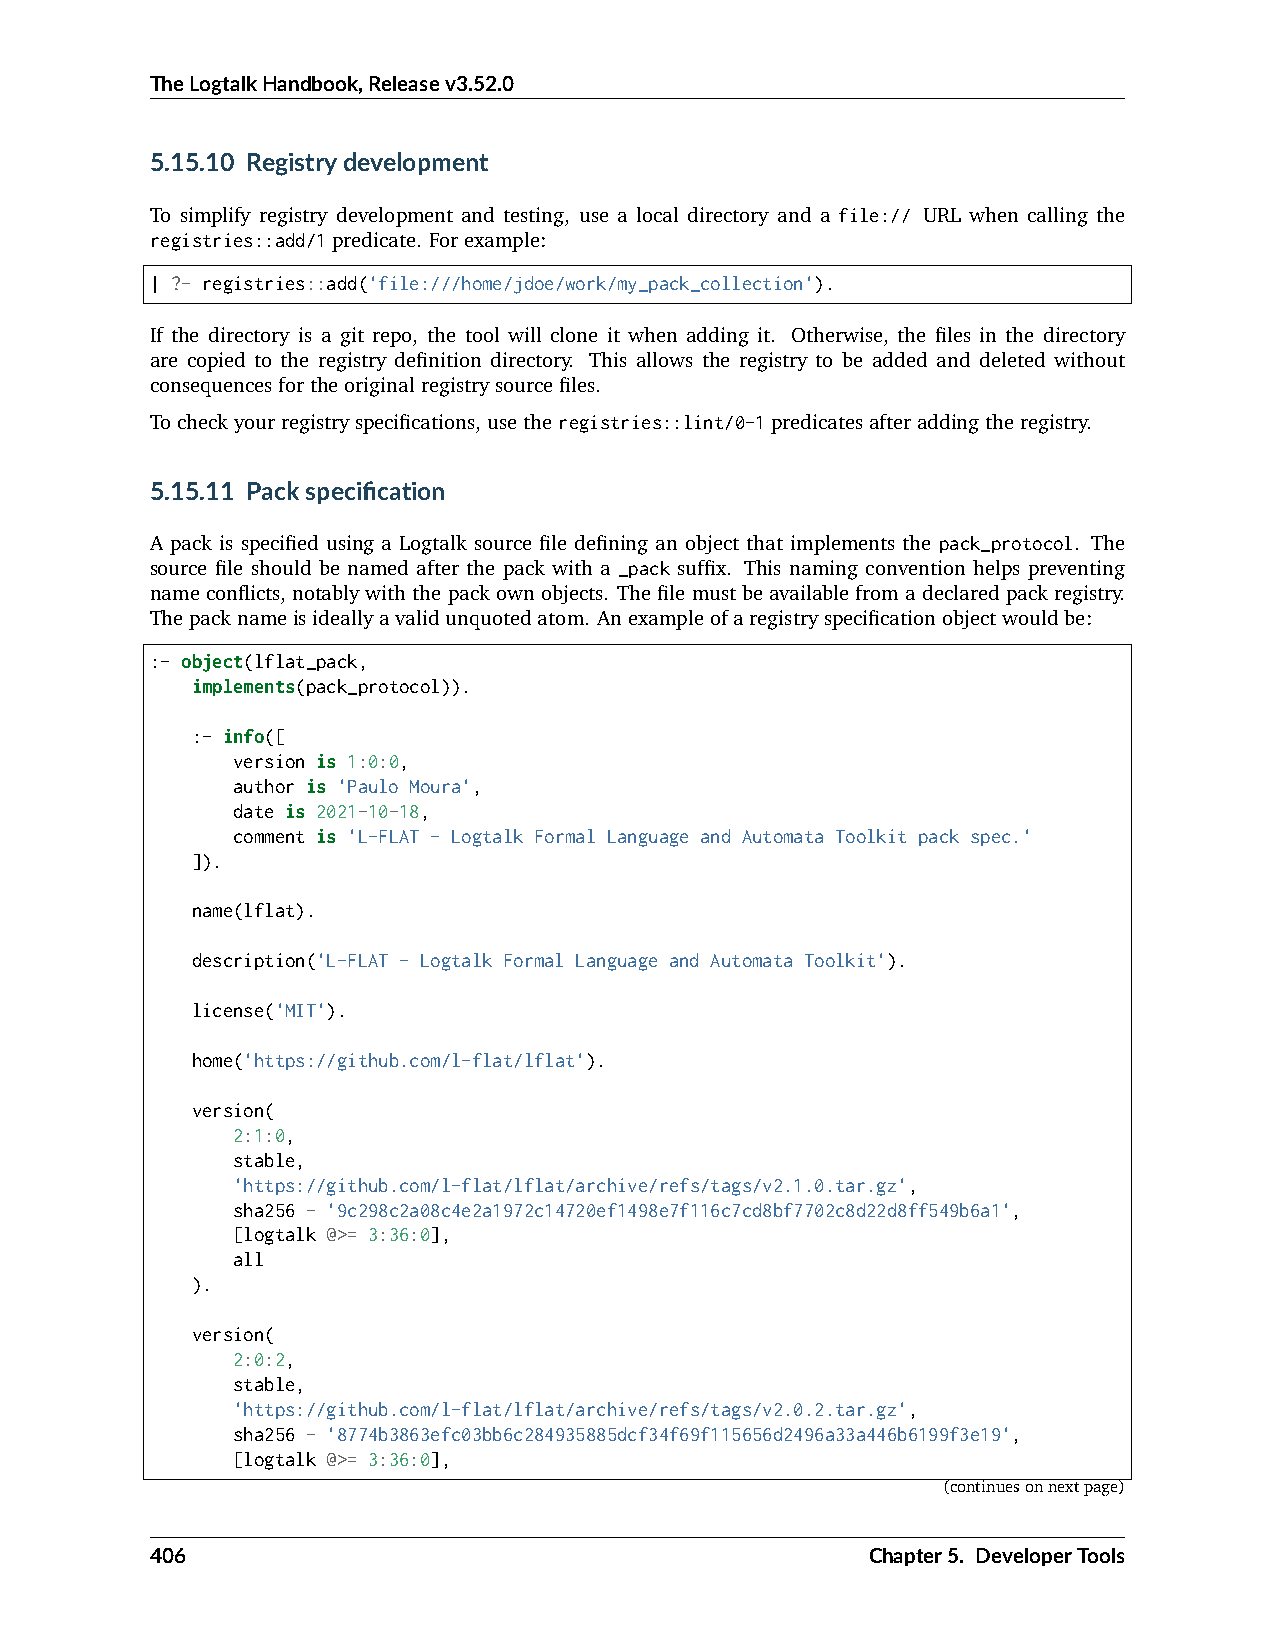
TheLogtalkHandbook,Releasev3.52.0
 5.15.10 Registrydevelopment
 To simplify registry development and testing, use a local directory and a file:// URL when calling the
 registries::add/1predicate. Forexample:
 | ?- registries::add('file:///home/jdoe/work/my_pack_collection').
 If the directory is a git repo, the tool will clone it when adding it. Otherwise, the files in the directory
 are copied to the registry definition directory. This allows the registry to be added and deleted without
 consequencesfortheoriginalregistrysourcefiles.
 Tocheckyourregistryspecifications,usetheregistries::lint/0-1predicatesafteraddingtheregistry.
 5.15.11 Packspecification
 A pack is specified using a Logtalk source file defining an object that implements the pack_protocol. The
 source file should be named after the pack with a _pack suffix. This naming convention helps preventing
 nameconflicts,notablywiththepackownobjects. Thefilemustbeavailablefromadeclaredpackregistry.
 Thepacknameisideallyavalidunquotedatom. Anexampleofaregistryspecificationobjectwouldbe:
 :- object(lflat_pack,
 implements(pack_protocol)).
 :- info([
 version is 1:0:0,
 author is 'Paulo Moura',
 date is 2021-10-18,
 comment is 'L-FLAT - Logtalk Formal Language and Automata Toolkit pack spec.'
 ]).
 name(lflat).
 description('L-FLAT - Logtalk Formal Language and Automata Toolkit').
 license('MIT').
 home('https://github.com/l-flat/lflat').
 version(
 2:1:0,
 stable,
 'https://github.com/l-flat/lflat/archive/refs/tags/v2.1.0.tar.gz',
 sha256 - '9c298c2a08c4e2a1972c14720ef1498e7f116c7cd8bf7702c8d22d8ff549b6a1',
 [logtalk @>= 3:36:0],
 all
 ).
 version(
 2:0:2,
 stable,
 'https://github.com/l-flat/lflat/archive/refs/tags/v2.0.2.tar.gz',
 sha256 - '8774b3863efc03bb6c284935885dcf34f69f115656d2496a33a446b6199f3e19',
 [logtalk @>= 3:36:0],
 (continuesonnextpage)
 406                                             Chapter5. DeveloperTools